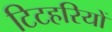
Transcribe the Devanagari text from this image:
टिटहरियों